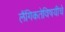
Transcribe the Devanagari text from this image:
लैंगिकतेविषयीचे